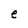
Character: e